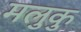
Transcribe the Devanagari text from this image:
मलुकु